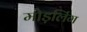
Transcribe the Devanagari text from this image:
मोड़लिंग